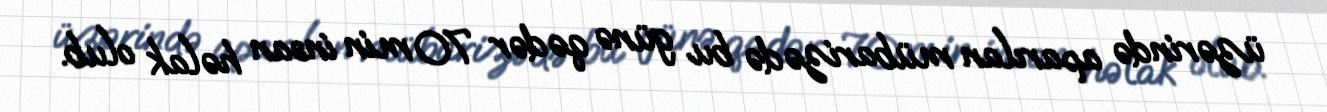
üzərində aparılan mübarizədə bu günə qədər 70 min insan həlak olub.